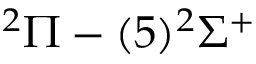
^ { 2 } \Pi - ( 5 ) ^ { 2 } \Sigma ^ { + }